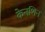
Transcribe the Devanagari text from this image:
केनशिन